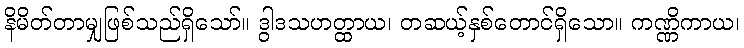
နိမိတ်တာမျှဖြစ်သည်ရှိသော်။ ဒွါဒသဟတ္ထာယ၊ တဆယ့်နှစ်တောင်ရှိသော။ ကဏ္ဏိကာယ၊